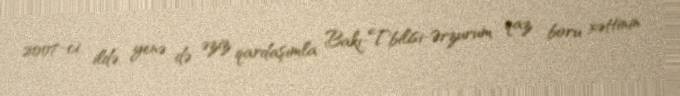
2007-ci ildə yenə də əziz qardaşımla Bakı-Tbilisi-Ərzurum qaz boru xəttinin